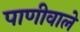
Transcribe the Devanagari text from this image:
पाणीवाले